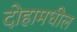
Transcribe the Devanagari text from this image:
दोहामधील